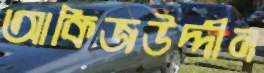
আকিজউদ্দীন